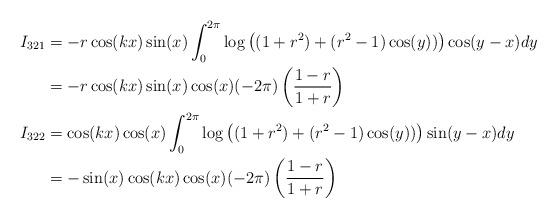
LaTeX: \begin{align*}I_{321} & = -r\cos(kx)\sin(x)\int_{0}^{2\pi}\log\left((1+r^2)+(r^2-1)\cos(y))\right)\cos(y-x)dy \\& = -r\cos(kx)\sin(x)\cos(x)(-2\pi)\left(\frac{1-r}{1+r}\right) \\I_{322} & = \cos(kx)\cos(x)\int_{0}^{2\pi}\log\left((1+r^2)+(r^2-1)\cos(y))\right)\sin(y-x)dy \\& = -\sin(x)\cos(kx)\cos(x)(-2\pi)\left(\frac{1-r}{1+r}\right) \\\end{align*}